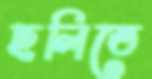
ছলিতে